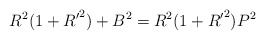
\begin{align*}R^2(1+{R^{\prime}}^2)+B^2=R^2(1+{R^{\prime}}^2)P^2\end{align*}